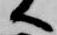
へ